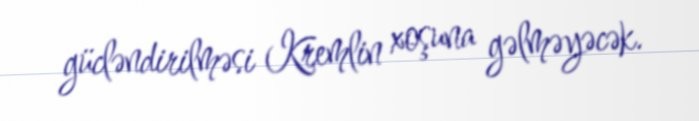
gücləndirilməsi Kremlin xoşuna gəlməyəcək.